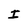
Character: I